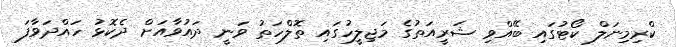
ކްރިމިނަލް ކޯޓުގައި ބޭއްވި ޝަރީއަތުގެ މަޖިލީހުގައި ތޮލްހަތު ވަނީ ދައުވާއަށް ދެކޮޅު ހައްދަވާފަ